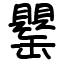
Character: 罌